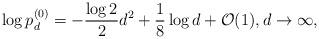
LaTeX: \begin{align*}\log p_d^{(0)} = -\frac {\log 2}2 d^2 + \frac 18 \log d + \mathcal{O} (1), d\to \infty,\end{align*}